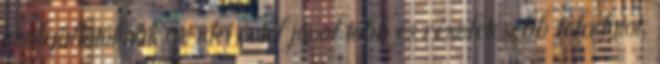
szolgáltatóknak az idei évtől jóval több és részletesebb feladatot,